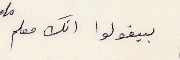
بيقولوا انك معلم